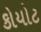
કોયોટ